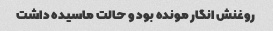
روغنش انگار مونده بود و حالت ماسیده داشت